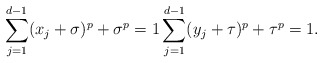
\begin{align*} \sum_{j=1}^{d-1} (x_j+\sigma)^p + \sigma^p = 1 \sum_{j=1}^{d-1} (y_j+\tau)^p + \tau^p = 1.\end{align*}